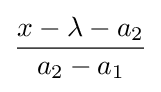
{\frac {x-\lambda -a_{2}}{a_{2}-a_{1}}}